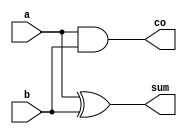
// Code your design here
module ha(a,b,sum,co);
  
  input a,b;
  output sum,co;
  
  assign sum=a^b, co=a&b;
  
  
endmodule